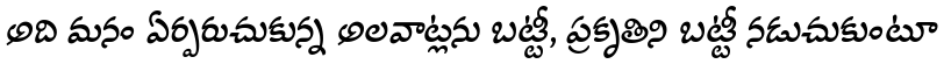
అది మనం ఏర్పరుచుకున్న అలవాట్లను బట్టీ, ప్రకృతిని బట్టీ నడుచుకుంటూ